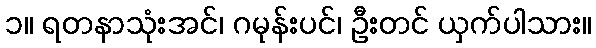
၁။ ရတနာသုံးအင်၊ ဂမုန်းပင်၊ ဦးတင် ယှက်ပါသား။